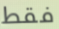
فقط